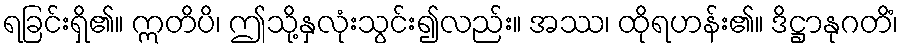
ရခြင်းရှိ၏။ ဣတိပိ၊ ဤသို့နှလုံးသွင်း၍လည်း။ အဿ၊ ထိုရဟန်း၏။ ဒိဋ္ဌာနုဂတိံ၊